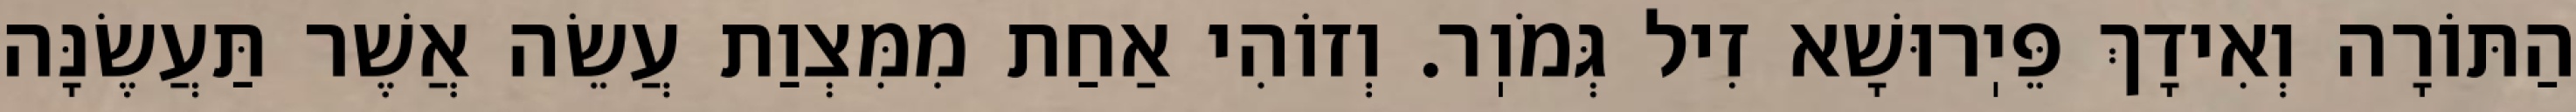
הַתּוֹרָה וְאִידָךְ פֵּיֽרוּשָׁא זִיל גְּמֹוֽר. וְזוֹהִי אַחַת מִמִּצְוַת עֲשֵׂה אֲשֶׁר תַּעֲשֶׂנָּה